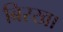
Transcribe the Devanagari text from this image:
बिरखा